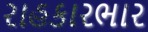
રાહકારભાર